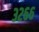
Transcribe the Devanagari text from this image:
३२६६